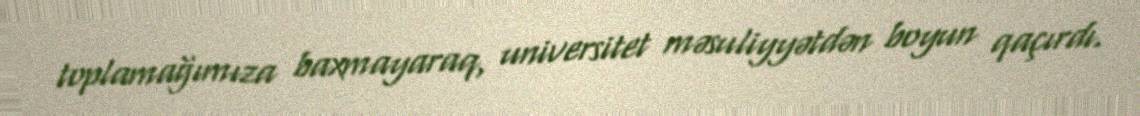
toplamağımıza baxmayaraq, universitet məsuliyyətdən boyun qaçırdı.